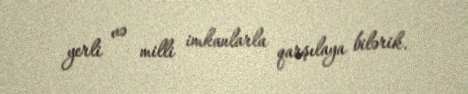
yerli və milli imkanlarla qarşılaya bilərik.